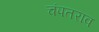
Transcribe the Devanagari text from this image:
चंपतराव